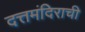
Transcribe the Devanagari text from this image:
दत्तमंदिराची